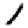
Digit: 1